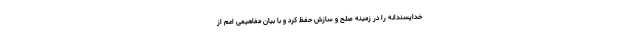
خداپسندانه را در زمینه صلح و سازش حفظ کرد و با بیان مفاهیمی اعم از